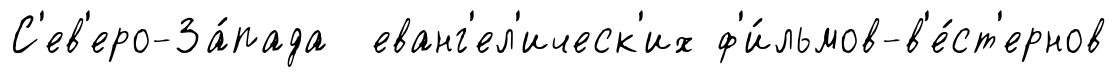
С'ев'еро-За́пада еванг'ел'ическ'их ф'и́льмов-в'е́ст'ернов